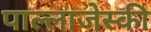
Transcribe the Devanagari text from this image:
पाल्लाजेस्की